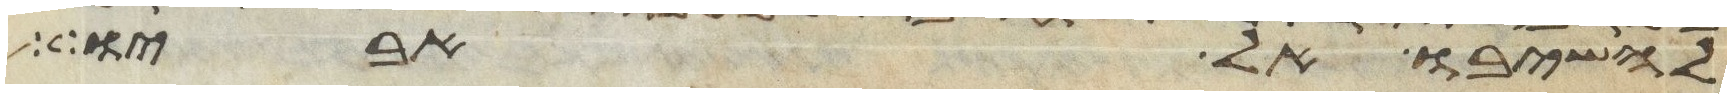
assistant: להשיבו אל אביו